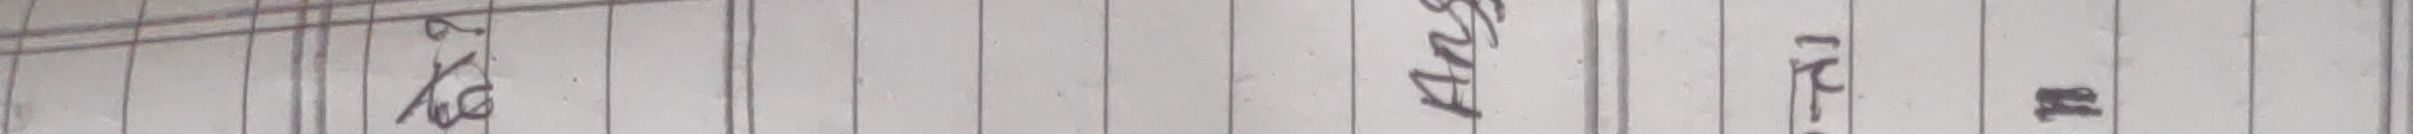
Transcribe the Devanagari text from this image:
चिनि ॥